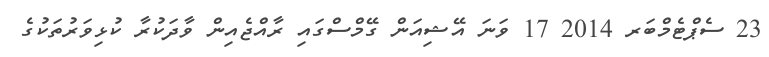
23 ސެޕްޓެމްބަރ 2014 17 ވަނަ އޭޝިއަން ގޭމްސްގައި ރާއްޖެއިން ވާދަކުރާ ކުޅިވަރުތަކުގެ